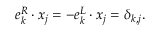
e _ { k } ^ { R } \cdot x _ { j } = - e _ { k } ^ { L } \cdot x _ { j } = \delta _ { k , j } .